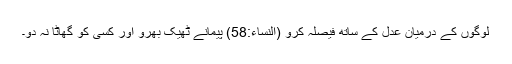
لوگوں کے درمیان عدل کے ساتھ فیصلہ کرو (النساء:58) پیمانے ٹھیک بھرو اور کسی کو گھاٹا نہ دو۔